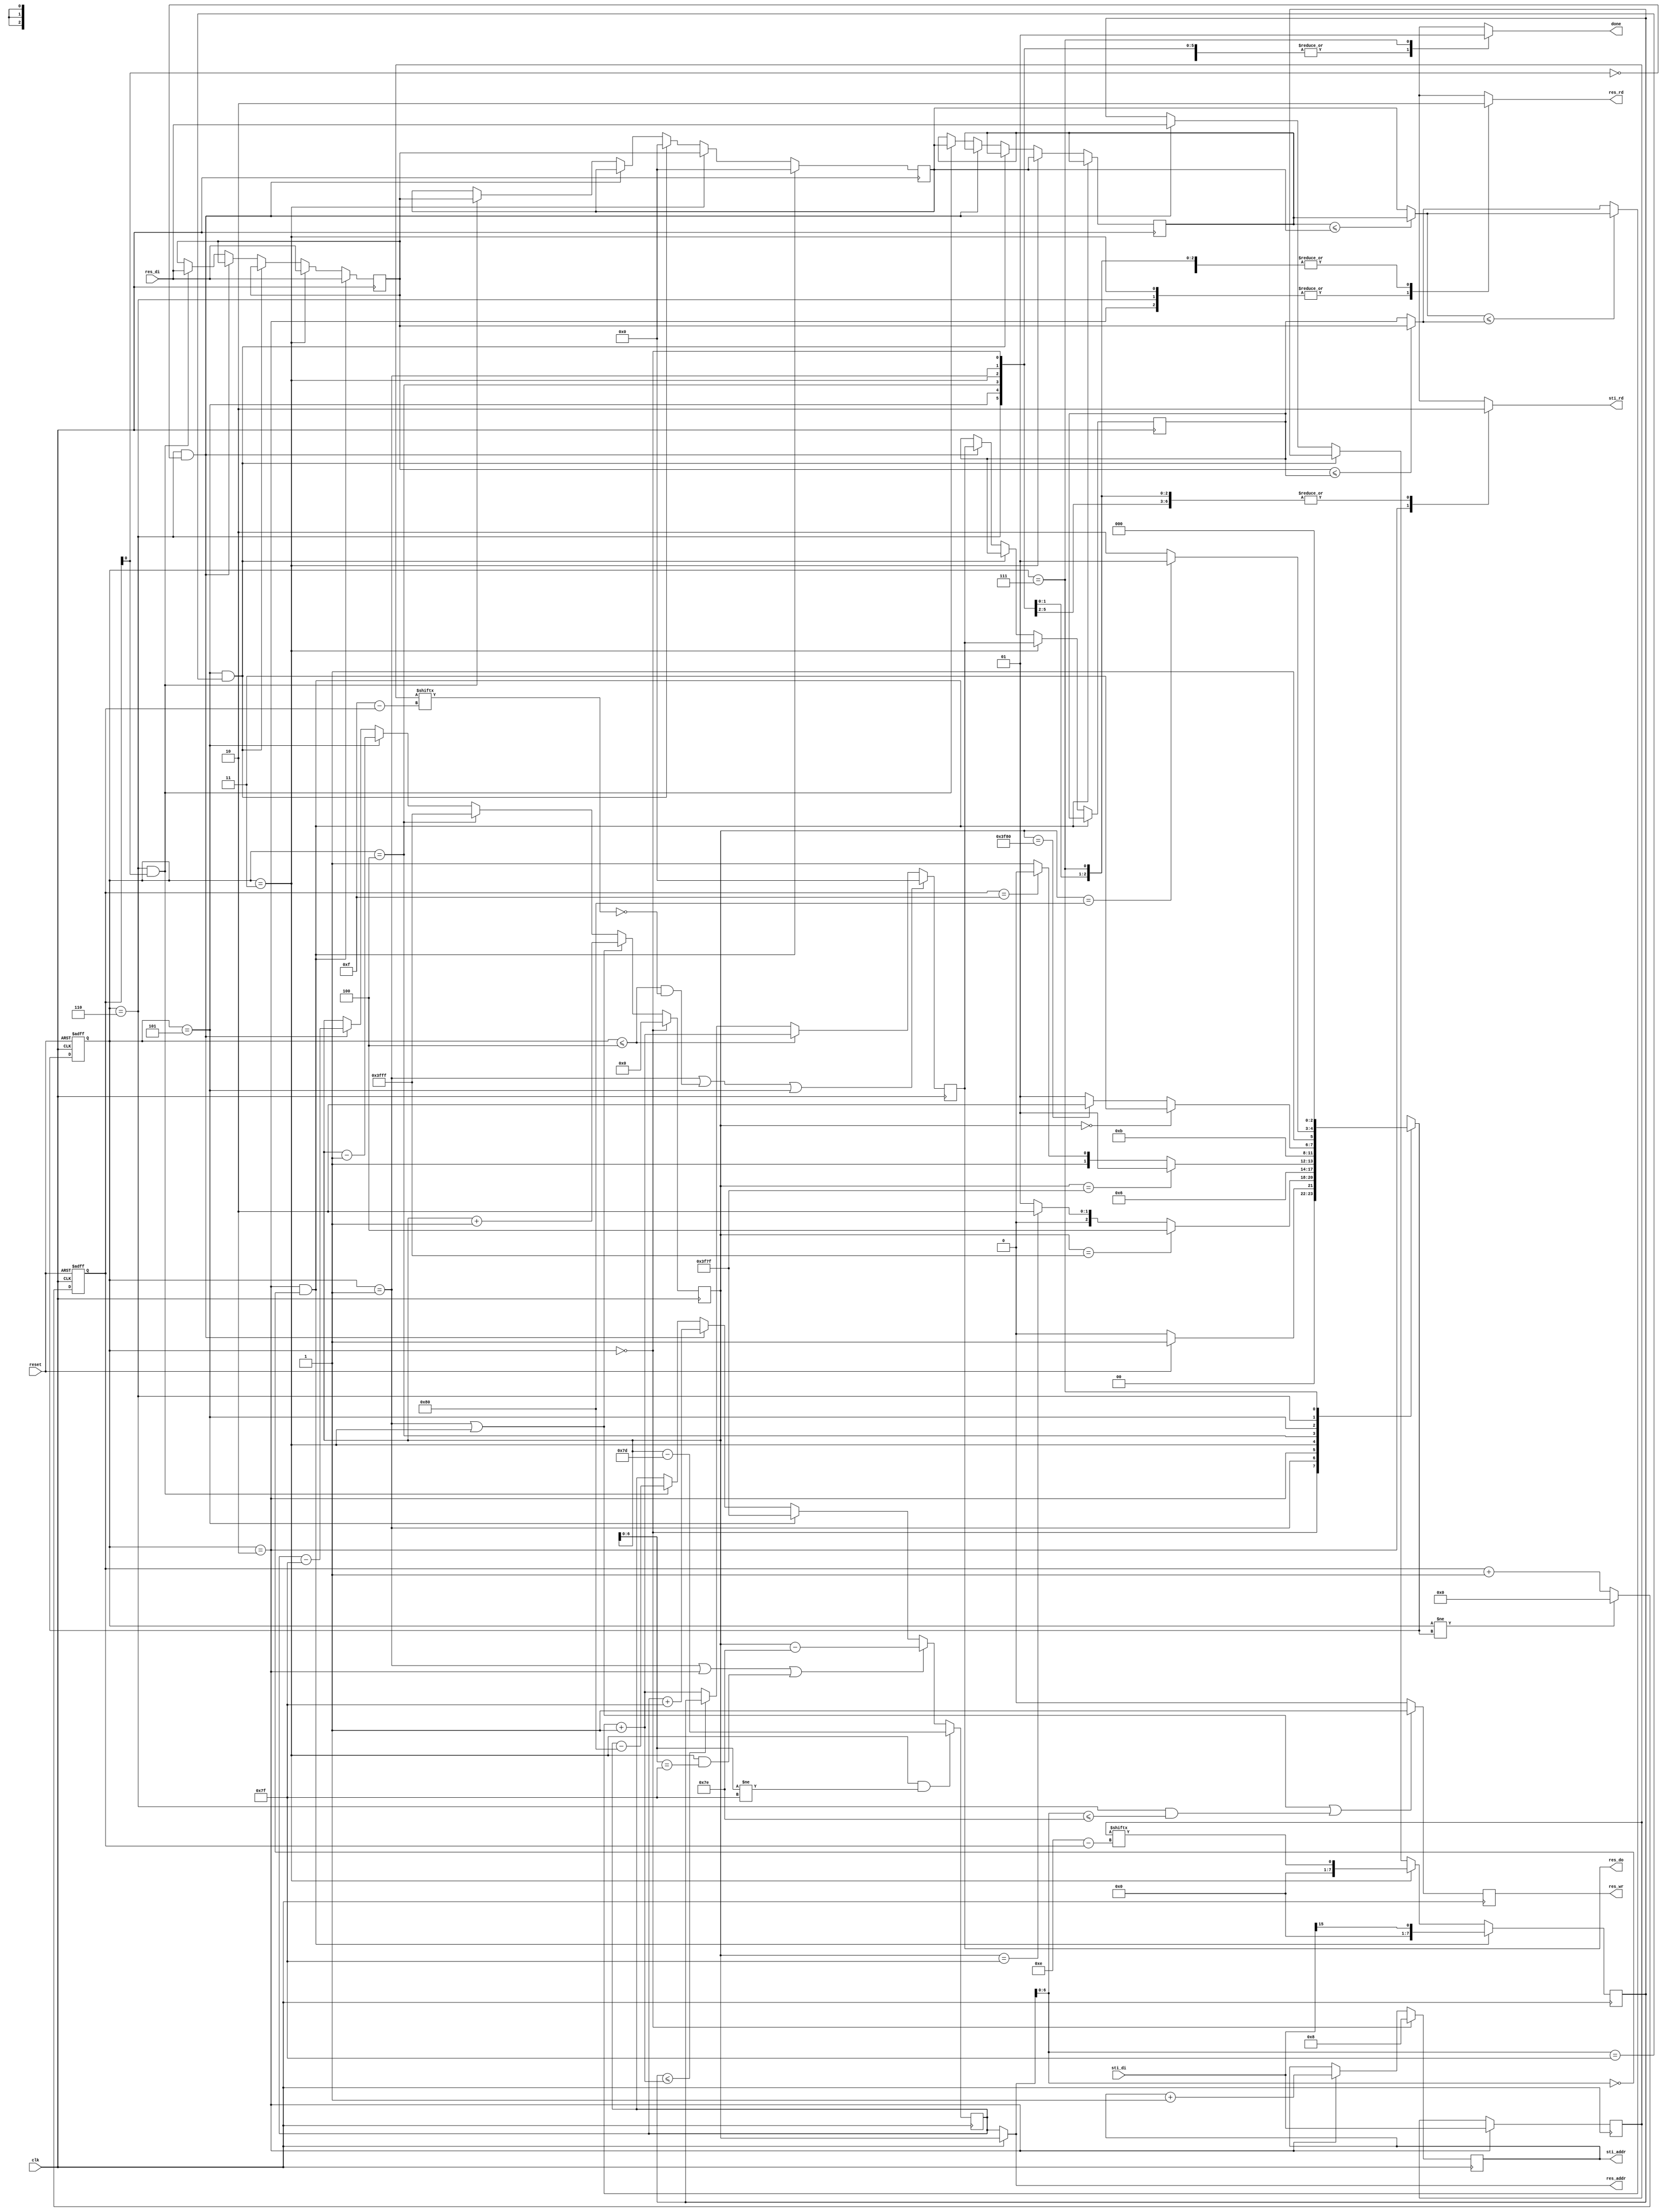
module DT(
	input 			clk, 
	input			reset,
	output	reg		done ,
	output	reg		sti_rd ,
	output	reg 	[9:0]	sti_addr ,
	input		[15:0]	sti_di,
	output	reg		res_wr ,
	output	reg		res_rd ,
	output	reg 	[13:0]	res_addr ,
	output	reg 	[7:0]	res_do,
	input		[7:0]	res_di
	);
  
  parameter RST             = 3'b000,
            WRITE_EDGE      = 3'b001,
            READ_STI        = 3'b010,
            WRITE_READ_BOTH = 3'b011,
            FORWRD_DONE     = 3'b100,
            WRITE_EDGE_BACK = 3'b101,
            READ_RES        = 3'b110,
            DONE            = 3'b111;
  
  reg [2:0] state;
  reg [2:0] n_state;
  
  reg [3:0] counter;
  
  reg [15:0] sti_di_reg;
  reg [7:0] compare_window [0:4];
  wire [7:0] t1;
  wire [7:0] t2;
  wire [7:0] t3;
  wire [7:0] answer_forward;
  wire [7:0] t4;
  wire [7:0] t5;
  wire [7:0] t6;
  wire [7:0] answer_back;
  wire [7:0] answer;
  
  reg [13:0] res_addr_write;
  reg [13:0] res_addr_read;
  
  assign t1 = (compare_window[0]<=compare_window[1])?compare_window[0]:compare_window[1];
  assign t2 = (compare_window[2]<=compare_window[3])?compare_window[2]:compare_window[3];
  assign t3 = (t1<=t2)?t1:t2;
  assign answer_forward = t3 + 8'd1;
  
  assign t4 = (compare_window[0]<=compare_window[1])?compare_window[0]:compare_window[1];
  assign t5 = (compare_window[2]<=compare_window[3])?compare_window[2]:compare_window[3];
  assign t6 = (t4<=t5)?t4:t5;
  assign answer_back = (compare_window[4]<=t6+8'd1)?compare_window[4]:t6+8'd1;
  
  assign answer = (state<=FORWRD_DONE)?answer_forward:answer_back;
  
  always@(posedge clk or negedge reset)begin
    if(~reset)begin
      state <= RST;
    end else begin
      state <= n_state;
    end
  end
  
  always@(posedge clk or negedge reset)begin
    if(~reset)begin
      counter <= 4'd0;
    end else if(state!=n_state)begin
      counter <= 4'd0;
    end else begin
      counter <= counter + 4'd1;
    end
  end
  
  always@(posedge clk)begin
    if(state==READ_STI && res_addr[6:0]==7'd0)begin
      compare_window[2] <= res_di;
      compare_window[4] <= sti_di[15];
      compare_window[1] <= 8'd0;
    end else if(state==WRITE_READ_BOTH)begin
      compare_window[3] <= res_do;
      compare_window[0] <= compare_window[1];
      compare_window[2] <= res_di;
      compare_window[4] <= sti_di_reg[4'd14-counter];
      compare_window[1] <= compare_window[2];
    end else if(state==WRITE_EDGE_BACK && res_addr[6:0]==7'd127)begin
      compare_window[1] <= 1'b0;
    end else if(state==READ_RES && counter[0]==1'b0)begin
      compare_window[3] <= res_do;
      compare_window[4] <= res_di;
    end else if(state==READ_RES && counter[0]==1'b1)begin
      compare_window[0] <= compare_window[1];
      compare_window[1] <= compare_window[2];
      compare_window[2] <= res_di;
    end
  end
  /*
  always@(posedge clk)begin
    if(state==RST)begin
      res_addr_write <= 14'd0;
    end else if(state==WRITE_EDGE || state==WRITE_READ_BOTH)begin
      res_addr_write <= res_addr_write + 14'd1;
    end else if(state==FORWRD_DONE)begin
      res_addr_write <= 14'd16383;
    end else if(state==WRITE_EDGE_BACK)begin
      res_addr_write <= res_addr_write - 14'd1;
    end else if(state==READ_RES && counter[0]==1'b0)begin
      res_addr_write <= res_addr_read;
    end
  end
  
  always@(posedge clk)begin
    if(state==WRITE_EDGE_BACK)begin
      res_addr_read <= 14'd16255;
    end else if(state==READ_RES && counter[0]==1'b0)begin
      res_addr_read <= res_addr_read + 14'd127;
    end else if(state==READ_RES && counter[0]==1'b1)begin
      res_addr_read <= res_addr_read - 14'd128;
    end
  end
  
  always@(posedge clk or negedge clk)begin
    if(clk)begin
      if(state==WRITE_READ_BOTH)begin
        res_addr <= res_addr_write - 14'd125;
      end else if(state<=FORWRD_DONE)begin
        res_addr <= res_addr_write - 14'd126;
      end else if(state==WRITE_EDGE_BACK)begin
        res_addr <= 14'd16255;
      end else if(state==READ_RES && counter[0]==1'b0)begin
        res_addr <= res_addr_read + 14'd127;
      end else if(state==READ_RES && counter[0]==1'b1)begin
        res_addr <= res_addr_read - 14'd128;
      end
    end else begin
      res_addr <= res_addr_write;
    end
  end
  */
  
  always@(posedge clk)begin
    if(state==RST)begin
      res_addr_write <= 14'd0;
    end else if(state==WRITE_EDGE || state==WRITE_READ_BOTH)begin
      res_addr_write <= res_addr_write + 14'd1;
    end else if(state==FORWRD_DONE)begin
      res_addr_write <= 14'd16383;
    end else if(state==WRITE_EDGE_BACK)begin
      res_addr_write <= res_addr_write - 14'd1;
    end else if(state==READ_RES && counter[0]==1'b0)begin
      res_addr_write <= res_addr_read - 14'd127;
    end
  end
  
  always@(negedge clk)begin
    if(state==WRITE_READ_BOTH && res_addr_write[6:0]!=7'd127)begin
      res_addr_read <= res_addr_write - 14'd125;
    end else if(state==WRITE_EDGE || state==READ_STI || state==WRITE_READ_BOTH&&res_addr_write[6:0]==7'd127)begin
      res_addr_read <= res_addr_write - 14'd126;
    end else if(state==WRITE_EDGE_BACK)begin
      res_addr_read <= 14'd16255;
    end else if(state==READ_RES && counter[0]==1'b0)begin
      res_addr_read <= res_addr_read + 14'd127;
    end else if(state==READ_RES && counter[0]==1'b1)begin
      res_addr_read <= res_addr_read - 14'd128;
    end
  end
  
  always@(*)begin
    if(~clk)begin/////////////////////////////confused//////////////////////
      res_addr = res_addr_read;
    end else begin
      res_addr = res_addr_write;
    end
  end
  
  always@(negedge clk)begin
    //if(state==WRITE_EDGE || state==WRITE_READ_BOTH || (state==READ_RES&&res_addr_read[6:0]<=7'd126))begin
    if(state==WRITE_EDGE || state==WRITE_READ_BOTH || (state==READ_RES&&res_addr[6:0]<=7'd126))begin
      res_wr <= 1'b1;
    end else begin
      res_wr <= 1'b0;
    end
  end
  
  always@(posedge clk)begin
    if(state==READ_STI)begin
      sti_di_reg <= sti_di;
    end
  end
  
  always@(negedge clk)begin
    //if(state==WRITE_EDGE || state<=FORWRD_DONE&&sti_di_reg[4'd15-counter]==1'b0 || state==WRITE_EDGE_BACK || (state==READ_RES&&compare_window[4]==4'd0))begin
    if(state==WRITE_EDGE || state<=FORWRD_DONE&&sti_di_reg[4'd15-counter]==1'b0 || state==WRITE_EDGE_BACK)begin
      res_do <= 8'd0;
    end else begin
      res_do <= answer;
    end
  end
  
  always@(posedge clk)begin
    if(state==RST)begin
      sti_addr <= 10'd8;
    end else if(state==READ_STI)begin
      sti_addr <= sti_addr + 10'd1;
    end
  end
  
  always@(*)begin
    case(state)
      RST:begin
        n_state = (reset)?WRITE_EDGE:RST;
        sti_rd = 1'b0;
        res_rd = 1'b0;
        done = 1'b0;
      end
      WRITE_EDGE:begin
        n_state = (res_addr_write==14'd16383)?FORWRD_DONE:
                  (res_addr_write==14'd127)?READ_STI:
                  WRITE_EDGE;
        sti_rd = 1'b0;
        res_rd = 1'b0;
        done = 1'b0;
      end
      READ_STI:begin
        n_state = WRITE_READ_BOTH;
        sti_rd = 1'b1;
        res_rd = 1'b1;
        done = 1'b0;
      end
      WRITE_READ_BOTH:begin
        n_state = (res_addr_write==14'd16255)?WRITE_EDGE:
                  (counter==4'd15)?READ_STI:
                  WRITE_READ_BOTH;
        sti_rd = 1'b0;
        res_rd = 1'b1;
        done = 1'b0;
      end
      FORWRD_DONE:begin
        n_state = WRITE_EDGE_BACK;
        sti_rd = 1'b0;
        res_rd = 1'b0;
        done = 1'b0;
      end
      ////////////////////////////////
      WRITE_EDGE_BACK:begin
        n_state = (res_addr_write==14'd0)?DONE:
                  (res_addr_write==14'd16256)?READ_RES:
                  WRITE_EDGE_BACK;
        sti_rd = 1'b0;
        res_rd = 1'b0;
        done = 1'b0;
      end
      READ_RES:begin
        n_state = (res_addr_write==14'd128)?WRITE_EDGE_BACK:
                  READ_RES;
        sti_rd = 1'b0;
        res_rd = 1'b1;
        done = 1'b0;
      end
      DONE:begin
        n_state = RST;
        sti_rd = 1'b0;
        res_rd = 1'b0;
        done = 1'b1;
      end
      default:begin
        n_state = RST;
        sti_rd = 1'b0;
        res_rd = 1'b0;
        done = 1'b0;
      end
    endcase
  end
  
endmodule